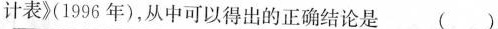
计表》(1996年)，从中可以得出的正确结论是 （ ）